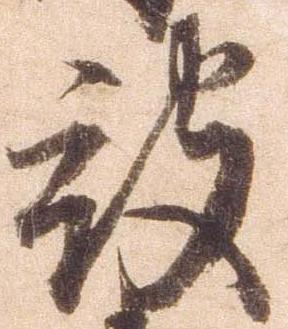
被